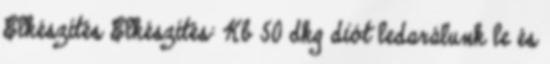
Elkészítés Elkészítés: Kb 50 dkg diót ledarálunk le és